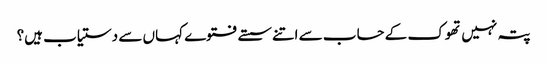
پتہ نہیں تھوک کے حساب سے اتنے سستے فتوے کہاں سے دستیاب ہیں؟